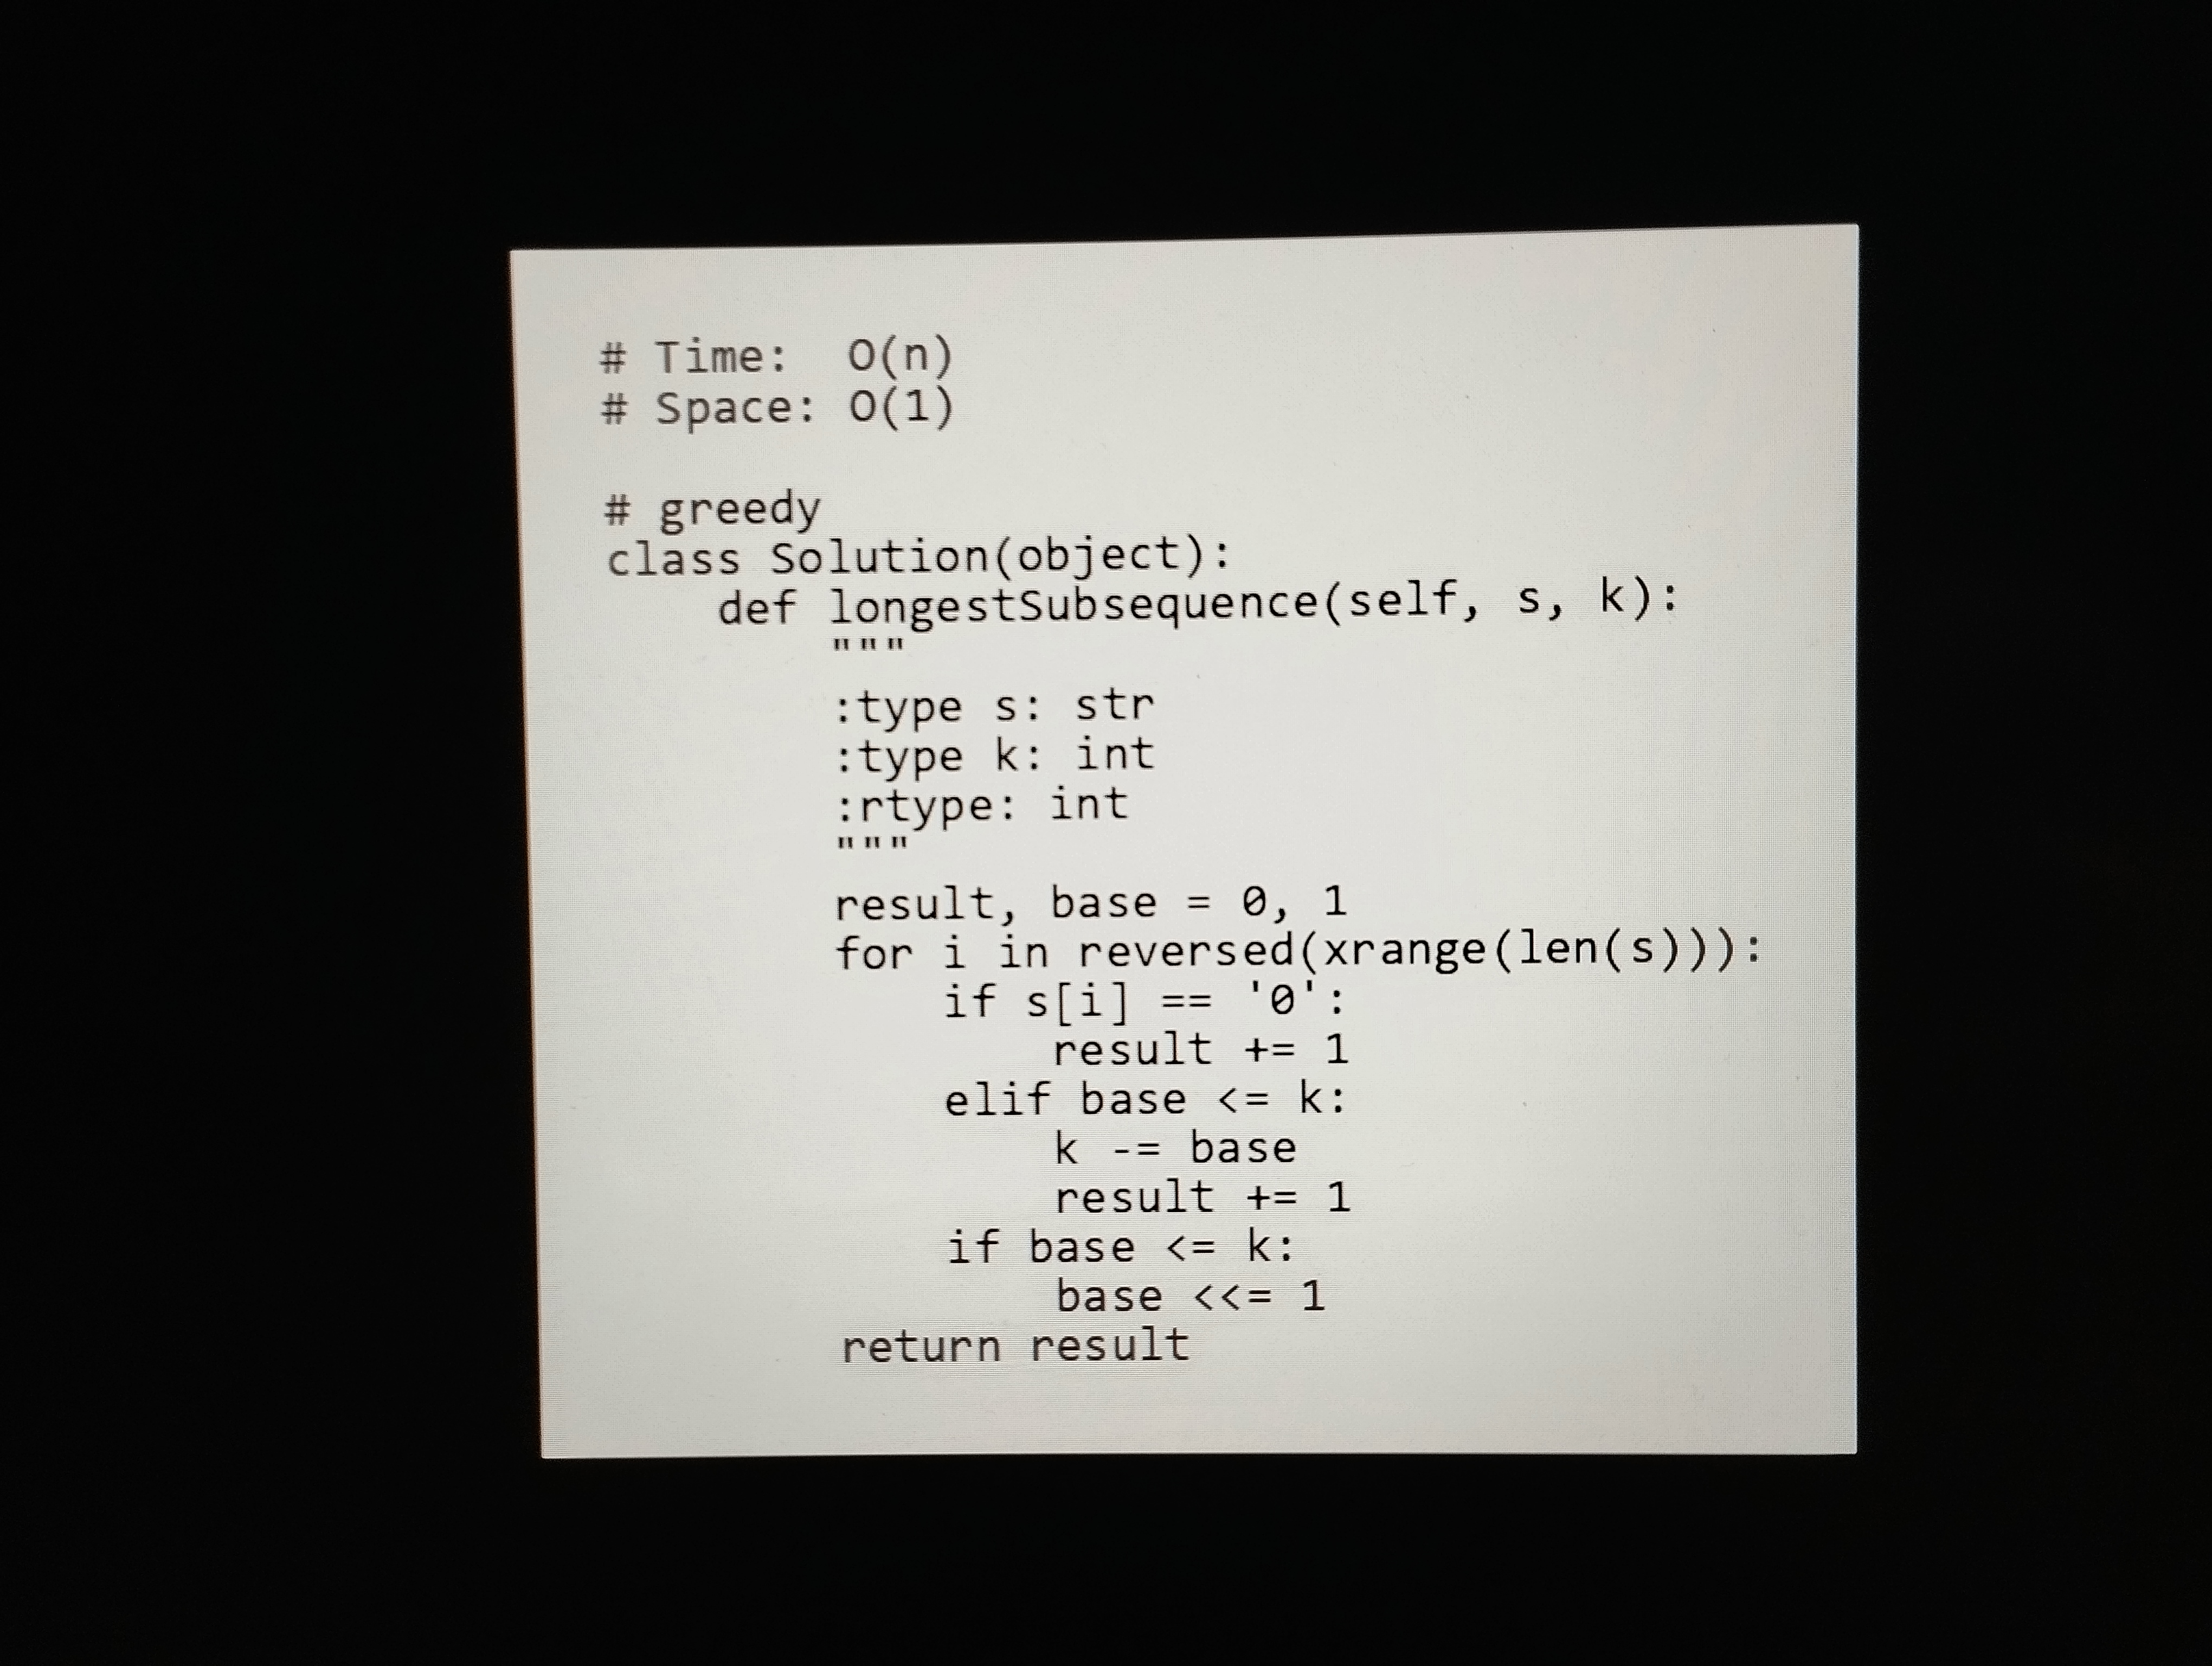
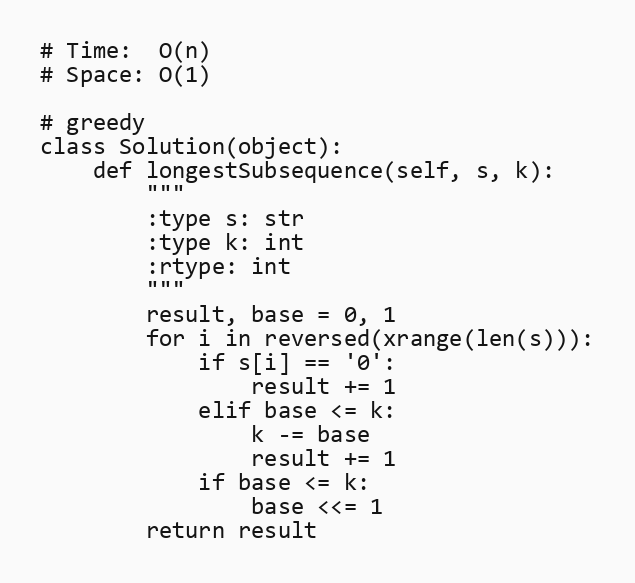
# Time:  O(n)
# Space: O(1)

# greedy
class Solution(object):
    def longestSubsequence(self, s, k):
        """
        :type s: str
        :type k: int
        :rtype: int
        """
        result, base = 0, 1
        for i in reversed(xrange(len(s))):
            if s[i] == '0':
                result += 1
            elif base <= k:
                k -= base
                result += 1
            if base <= k:
                base <<= 1
        return result